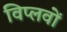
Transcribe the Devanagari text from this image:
विप्लवों